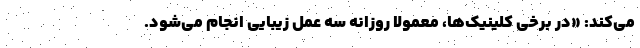
می‌کند: «در برخی کلینیک‌ها، معمولا روزانه سه عمل زیبایی انجام می‌شود.